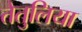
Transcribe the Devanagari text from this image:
तेतुलिया